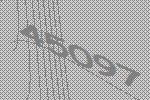
45097